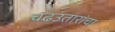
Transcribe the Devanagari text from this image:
चढउतारांचा